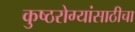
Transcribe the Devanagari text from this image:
कुष्ठरोग्यांसाठीचा